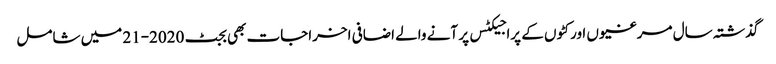
گذشتہ سال مرغیوں اور کٹوں کے پراجیکٹس پر آنے والے اضافی اخراجات بھی بجٹ 2020-21 میں شامل